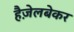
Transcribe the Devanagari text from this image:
हैज़ेलबेकर